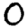
Digit: 0